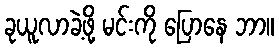
ခုယူလာခဲ့ဖို့ မင်းကို ပြောနေ ဘာ။